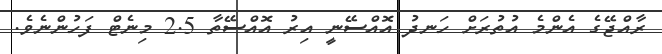
ރާއްޖޭގެ އެންމެ އުތުރަށް ހަނދު އޮއްސޭނީ އިރު އޮއްސޭތާ 2.5 މިނެޓް ފަހުންނެވެ.